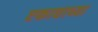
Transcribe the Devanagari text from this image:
एकाद्याच्या